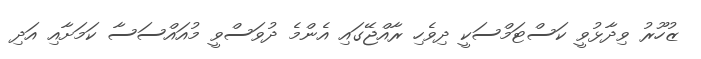
ޒުހޫރު ވިދާޅުވީ ކަސްޓަމްސަކީ ދިވެހި ރާއްޖޭގައި އެންމެ ދުވަސްވީ މުއައްސަސާ ކަމަށާއި އަދި